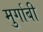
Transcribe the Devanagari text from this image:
मुर्गाबी